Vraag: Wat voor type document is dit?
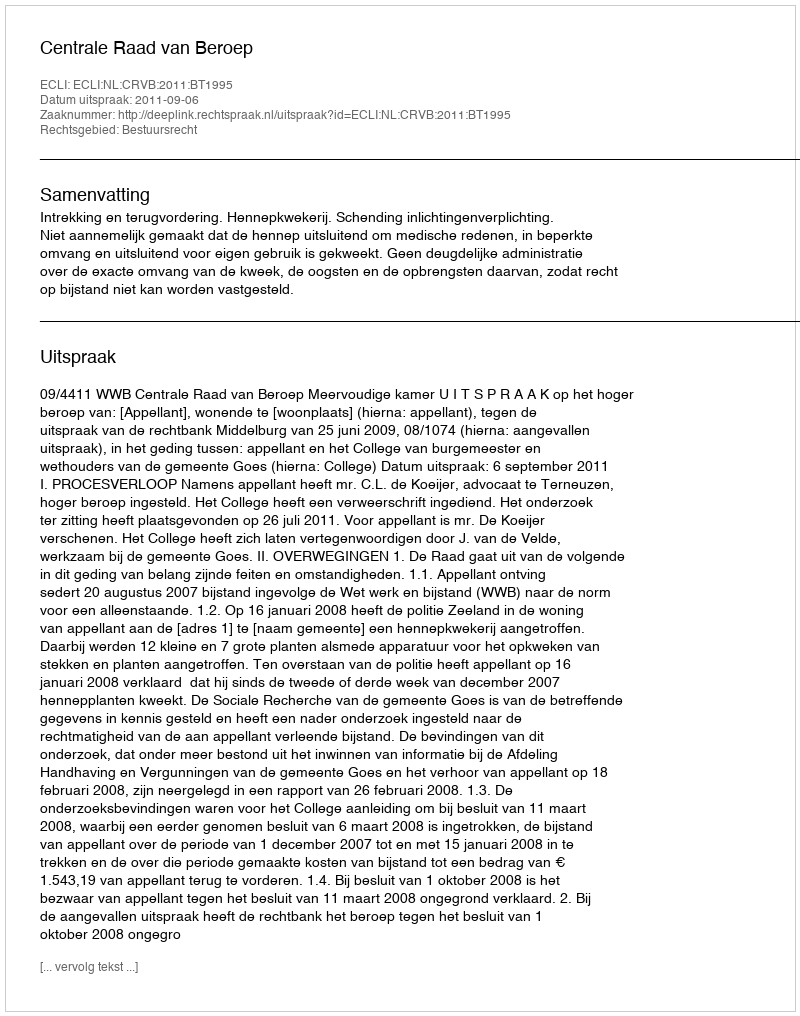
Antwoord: Uitspraak